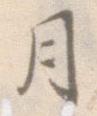
月